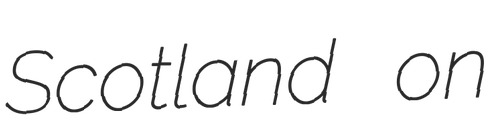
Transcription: Scotland on